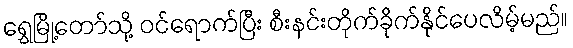
ရွှေမြို့တော်သို့ ဝင်ရောက်ပြီး စီးနင်းတိုက်ခိုက်နိုင်ပေလိမ့်မည်။